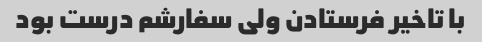
با تاخیر فرستادن ولی سفارشم درست بود